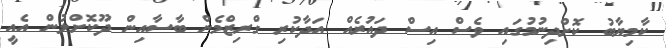
ކާމިޔާބު ކޮށްދިނުމުގައި ވެސް އިސް ދައުރެއް އަދާކުރި ގްރިޒްމެން ބާސާއިން ދޫކޮށްލުން އެއީ